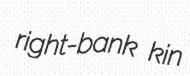
right-bank kin